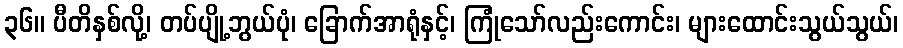
၃၆။ ပီတိနှစ်လို့၊ တပ်ပျို့ဘွယ်ပုံ၊ ခြောက်အာရုံနှင့်၊ ကြုံသော်လည်းကောင်း၊ များထောင်းသွယ်သွယ်၊